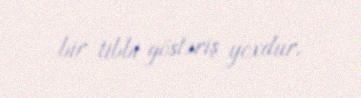
bir tibbi göstəriş yoxdur.